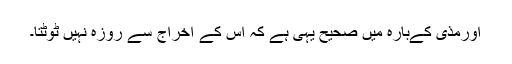
اورمذی کےبارہ میں صحیح یہی ہے کہ اس کے اخراج سے روزہ نہيں ٹوٹتا۔